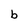
Character: b